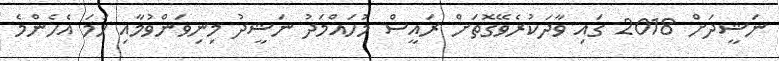
ނަޝީދަށް 2018 ގައި ވާދަކުރެވޭގޮތަށް ރައީސް މުހައްމަދު ނަޝީދު މިނިވަންވުމާއި ހަމަ އެހެންމެ